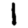
Digit: 1